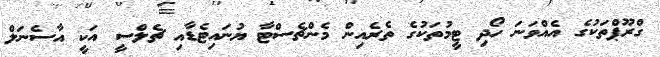
ގްރޫޕްތަކުގެ އެއްވަނަ ހޯދި ޓީމުތަކުގެ ތެރެއިން މެންޗެސްޓާ ޔުނައިޓެޑާއި ޗެލްސީ އަކީ އާސެނަލް